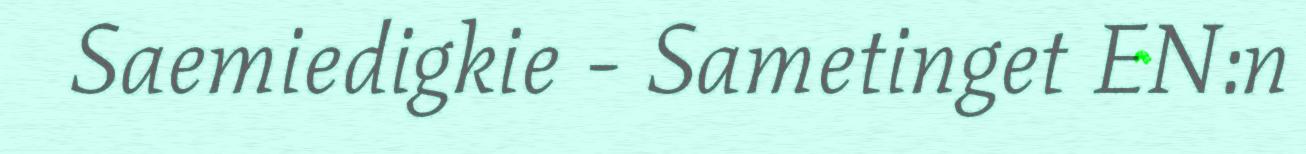
Saemiedigkie - Sametinget EN:n